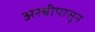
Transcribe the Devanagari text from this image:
अरबीपासून